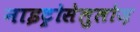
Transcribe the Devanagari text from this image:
नाइट्रोसेलुलोज़